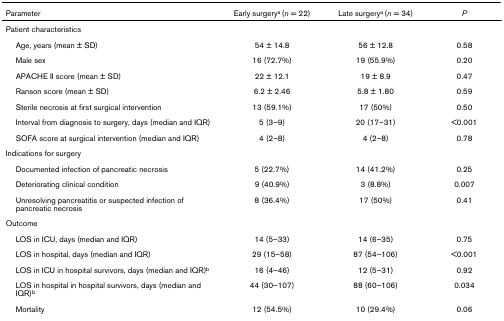
| Parameter | Early surgerya (n = 22) | Late surgerya (n = 34) | P |
 | --- | --- | --- | --- |
 | <COLSPAN=4> Patient characteristics |
 | Age, years (mean ± SD) | 54 ± 14.8 | 56 ± 12.8 | 0.58 |
 | Male sex | 16 (72.7%) | 19 (55.9%) | 0.20 |
 | APACHE II score (mean ± SD) | 22 ± 12.1 | 19 ± 8.9 | 0.47 |
 | Ranson score (mean ± SD) | 6.2 ± 2.46 | 5.8 ± 1.80 | 0.59 |
 | Sterile necrosis at first surgical intervention | 13 (59.1%) | 17 (50%) | 0.50 |
 | Interval from diagnosis to surgery, days (median and IQR) | 5 (3–9) | 20 (17–31) | <0.001 |
 | SOFA score at surgical intervention (median and IQR) | 4 (2–8) | 4 (2–8) | 0.78 |
 | <COLSPAN=4> Indications for surgery |
 | Documented infection of pancreatic necrosis | 5 (22.7%) | 14 (41.2%) | 0.25 |
 | Deteriorating clinical condition | 9 (40.9%) | 3 (8.8%) | 0.007 |
 | Unresolving pancreatitis or suspected infection of pancreatic necrosis | 8 (36.4%) | 17 (50%) | 0.41 |
 | <COLSPAN=4> Outcome |
 | LOS in ICU, days (median and IQR) | 14 (5–33) | 14 (6–35) | 0.75 |
 | LOS in hospital, days (median and IQR) | 29 (15–58) | 87 (54–106) | <0.001 |
 | LOS in ICU in hospital survivors, days (median and IQR)b | 16 (4–46) | 12 (5–31) | 0.92 |
 | LOS in hospital in hospital survivors, days (median and IQR)b | 44 (30–107) | 88 (60–106) | 0.034 |
 | Mortality | 12 (54.5%) | 10 (29.4%) | 0.06 |